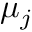
\ensuremath Ḋ \boldsymbol Ḋ \mu Ḍ Ḍ _ { j }